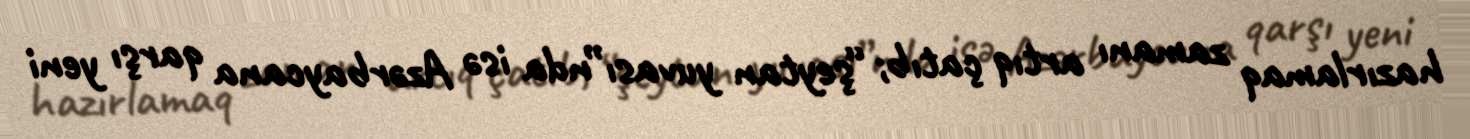
hazırlamaq zamanı artıq çatıb; “şeytan yuvası”nda isə Azərbaycana qarşı yeni